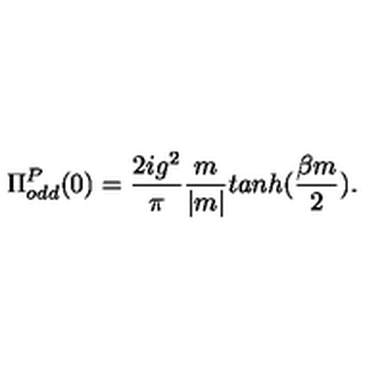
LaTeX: \Pi _ { o d d } ^ { P } ( 0 ) = \frac { 2 i g ^ { 2 } } { \pi } \frac { m } { | m | } t a n h ( \frac { \beta m } { 2 } ) .